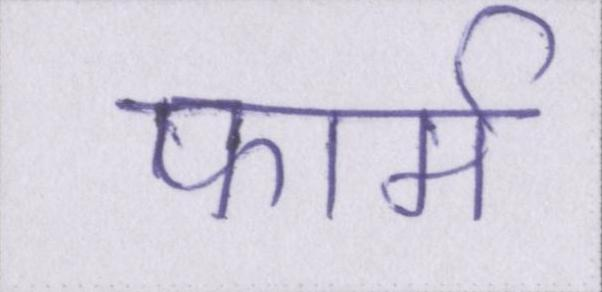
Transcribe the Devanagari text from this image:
फार्म